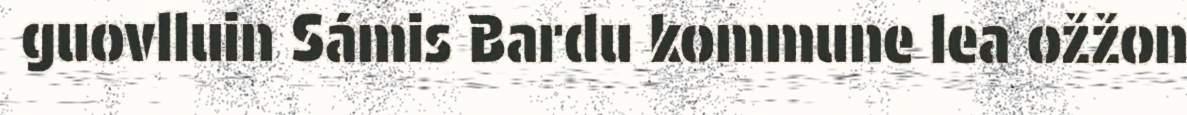
guovlluin Sámis Bardu kommune lea ožžon